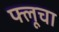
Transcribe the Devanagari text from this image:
फ्लूचा